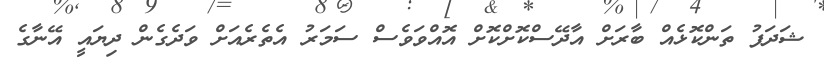
ޝަދަފު ތަންކޮޅެއް ބާރަށް އާދޭސްކޮށްކޮށް އޮއްވަވެސް ސަމަރު އެތެރެއަށް ވަދެގެން ދިޔައީ އޭނާގެ